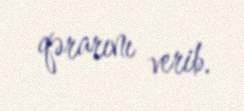
qərarını verib.